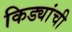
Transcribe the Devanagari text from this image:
किड्यांची